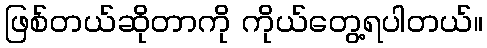
ဖြစ်တယ်ဆိုတာကို ကိုယ်တွေ့ရပါတယ်။